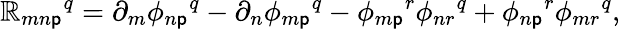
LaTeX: \mathbb{R}_{mn\mathsf{p}}{}^{q}=\partial_{m}\phi_{n\mathsf{p}}{}^{q}-\partial_{n}\phi_{m\mathsf{p}}{}^{q}-\phi_{m\mathsf{p}}{}^{r}\phi_{nr}{}^{q}+\phi_{n\mathsf{p}}{}^{r}\phi_{mr}{}^{q},